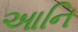
આનિ